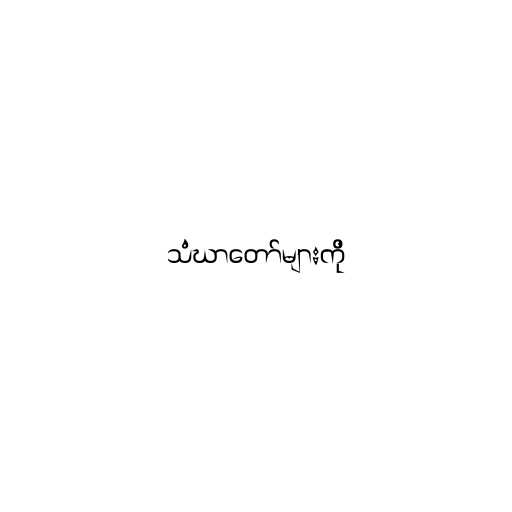
သံဃာတော်များကို